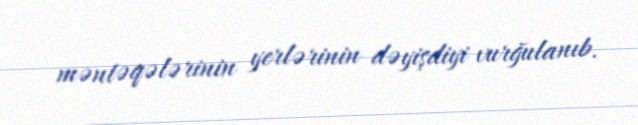
məntəqələrinin yerlərinin dəyişdiyi vurğulanıb.